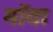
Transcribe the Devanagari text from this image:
मॉवा